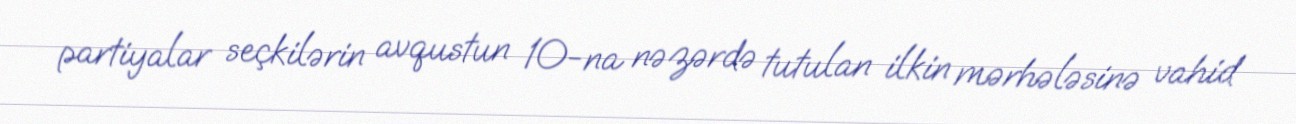
partiyalar seçkilərin avqustun 10-na nəzərdə tutulan ilkin mərhələsinə vahid